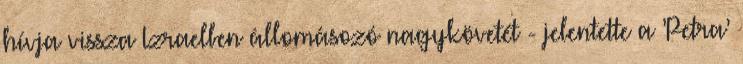
hívja vissza Izraelben állomásozó nagykövetét - jelentette a ’Petra’